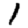
Digit: 1